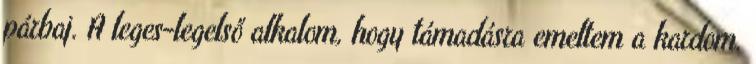
párbaj. A leges-legelső alkalom, hogy támadásra emeltem a kardom.